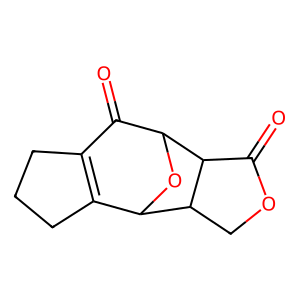
SMILES: O=C1C2=C(CCC2)C2OC1C1C(=O)OCC21
Inhibits HIV replication: No